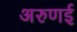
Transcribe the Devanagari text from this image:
अरुणई